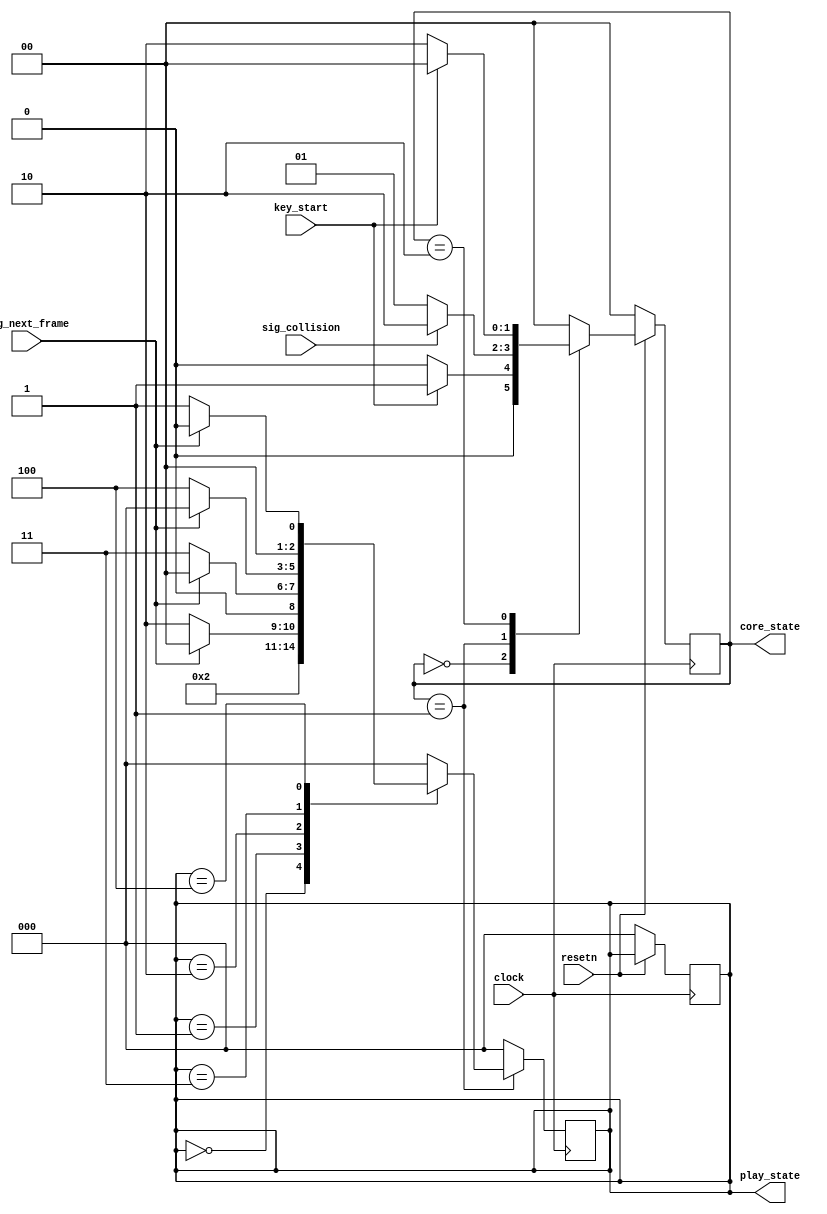
module main_control (
	clock,
	resetn,
	key_start,
	sig_collision,
	sig_next_frame,
	play_state,
	core_state
);

	input clock, resetn;
	input key_start, sig_collision, sig_next_frame;
	
	output [2:0] play_state;
	output [1:0] core_state;
	
	// Two FSMs. OUTER and INNER (play).
	
	reg [1:0] o_current_state, o_next_state;
	reg [2:0] i_current_state;
	
	assign play_state = i_current_state;
	assign core_state = o_current_state;
	
	localparam [1:0]  O_S_WAIT = 2'd0,
					  O_S_PLAY = 2'd1,
				      O_S_END = 2'd2;
					  
	localparam [2:0]  I_S_INITIALIZE = 3'd0,
					  I_S_READ_NEXT = 3'd1,
					  I_S_READ = 3'd2,
				      I_S_WRITE_HERE = 3'd3,
					  I_S_NEXT_PIXEL = 3'd4;

	always @(*)
	begin: o_state_table 
		case (o_current_state)
			O_S_WAIT: o_next_state = key_start ? O_S_PLAY : O_S_WAIT;
			O_S_PLAY: o_next_state = sig_collision ? O_S_END : O_S_PLAY;
			O_S_END: o_next_state = key_start ? O_S_WAIT : O_S_END;
			default: o_next_state = O_S_WAIT;
		endcase
	end
	
	always @(posedge clock)
	begin: i_state_table
		if(o_current_state == O_S_PLAY) begin
			case (i_current_state)
				I_S_INITIALIZE: i_current_state <= I_S_READ_NEXT;
				I_S_READ_NEXT: i_current_state <= sig_next_frame ? I_S_INITIALIZE : I_S_READ;
				I_S_READ: i_current_state <= sig_next_frame ? I_S_INITIALIZE : I_S_WRITE_HERE;
				I_S_WRITE_HERE: i_current_state <= sig_next_frame ? I_S_INITIALIZE : I_S_NEXT_PIXEL;
				I_S_NEXT_PIXEL: i_current_state <= sig_next_frame ? I_S_INITIALIZE : I_S_READ_NEXT;
				default: i_current_state <= I_S_INITIALIZE;
			endcase
		end else begin
			i_current_state <= I_S_INITIALIZE;
		end
	end

    always @(posedge clock)
    begin: state_FFs
		if(!resetn) begin
			o_current_state <= O_S_WAIT;
			i_current_state <= I_S_INITIALIZE;
		end
		else o_current_state <= o_next_state;
    end

endmodule